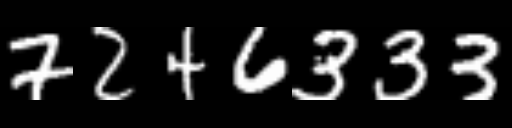
Text: 7246333